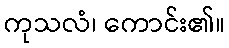
ကုသလံ၊ ကောင်း၏။